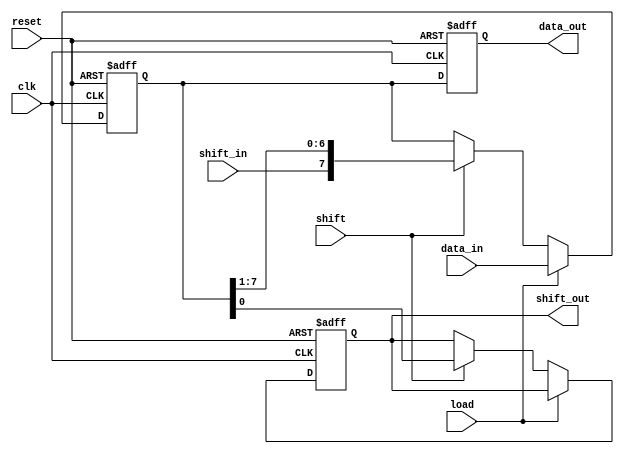
module parameterized_shift_register #(
    parameter WIDTH = 8,          // Parameter to set the width of the shift register
    parameter MODE = 0            // Mode: 0 = SIPO, 1 = PISO, 2 = Shift
)(
    input wire clk,               // Clock signal
    input wire reset,             // Asynchronous reset
    input wire [WIDTH-1:0] data_in, // Parallel input data (for PISO)
    input wire shift_in,          // Serial input data (for SIPO)
    input wire load,              // Load signal
    input wire shift,             // Shift signal
    output reg [WIDTH-1:0] data_out, // Parallel output data (for SIPO)
    output reg shift_out          // Serial output data (for SIPO)
);

    // Internal register to hold the shift register's state
    reg [WIDTH-1:0] shift_reg;

    // Asynchronous reset and operational logic
    always @(posedge clk or posedge reset) begin
        if (reset) begin
            shift_reg <= {WIDTH{1'b0}}; // Reset shift register to 0
            data_out <= {WIDTH{1'b0}};  // Reset output to 0
            shift_out <= 1'b0;           // Reset shift out to 0
        end else begin
            if (load) begin
                // Load data into the shift register (PISO mode)
                shift_reg <= data_in;
            end else if (shift) begin
                // Shift operation
                if (MODE == 0) begin
                    // SIPO mode: Shift right and capture the new input
                    shift_out <= shift_reg[0]; // Shift out the least significant bit
                    shift_reg <= {shift_in, shift_reg[WIDTH-1:1]}; // Shift right
                    data_out <= shift_reg; // Update parallel output
                end else if (MODE == 1) begin
                    // PISO mode: Shift right
                    shift_out <= shift_reg[0]; // Shift out the least significant bit
                    shift_reg <= {1'b0, shift_reg[WIDTH-1:1]}; // Shift right
                end else if (MODE == 2) begin
                    // Simple shift mode: Shift right and capture the new input
                    shift_out <= shift_reg[0]; // Shift out the least significant bit
                    shift_reg <= {shift_in, shift_reg[WIDTH-1:1]}; // Shift right
                end
            end
            // Update data_out in SIPO mode
            if (MODE == 0) begin
                data_out <= shift_reg; // Update parallel output
            end
        end
    end

endmodule